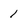
Character: 1